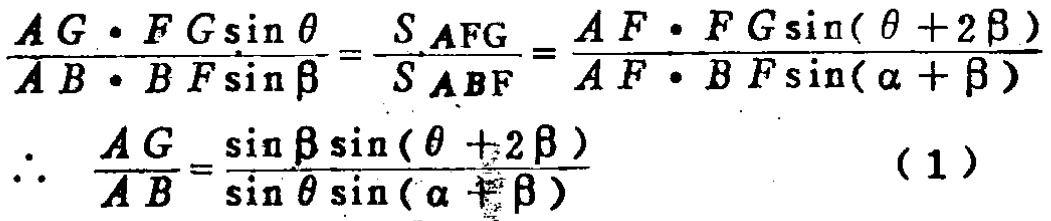
\[\frac{AG\cdot FG\sin\theta}{AB\cdot BF\sin\beta}=\frac{S_{AFG}}{S_{ABF}}=\frac{AF\cdot FG\sin(\theta + 2\beta)}{AF\cdot BF\sin(\alpha+\beta)}\]
\[\therefore \frac{AG}{AB}=\frac{\sin\beta\sin(\theta + 2\beta)}{\sin\theta\sin(\alpha+\beta)}\quad(1)\]